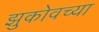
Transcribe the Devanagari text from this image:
झुकोवच्या